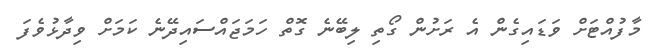
މާފުއްޓަށް ވަޑައިގެން އެ ރަށުން ގޯތި ލިބޭނެ ގޮތް ހަމަޖައްސައިދޭނެ ކަމަށް ވިދާޅުވެފަ